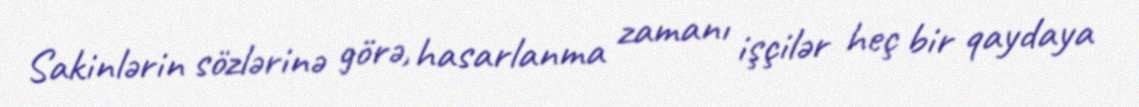
Sakinlərin sözlərinə görə, hasarlanma zamanı işçilər heç bir qaydaya